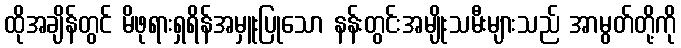
ထိုအချိန်တွင် မိဖုရားရှရိန်အမှူးပြုသော နန်းတွင်းအမျိုးသမီးများသည် အာမွတ်တို့ကို